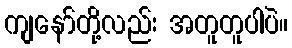
ကျနော်တို့လည်း အတူတူပါပဲ။